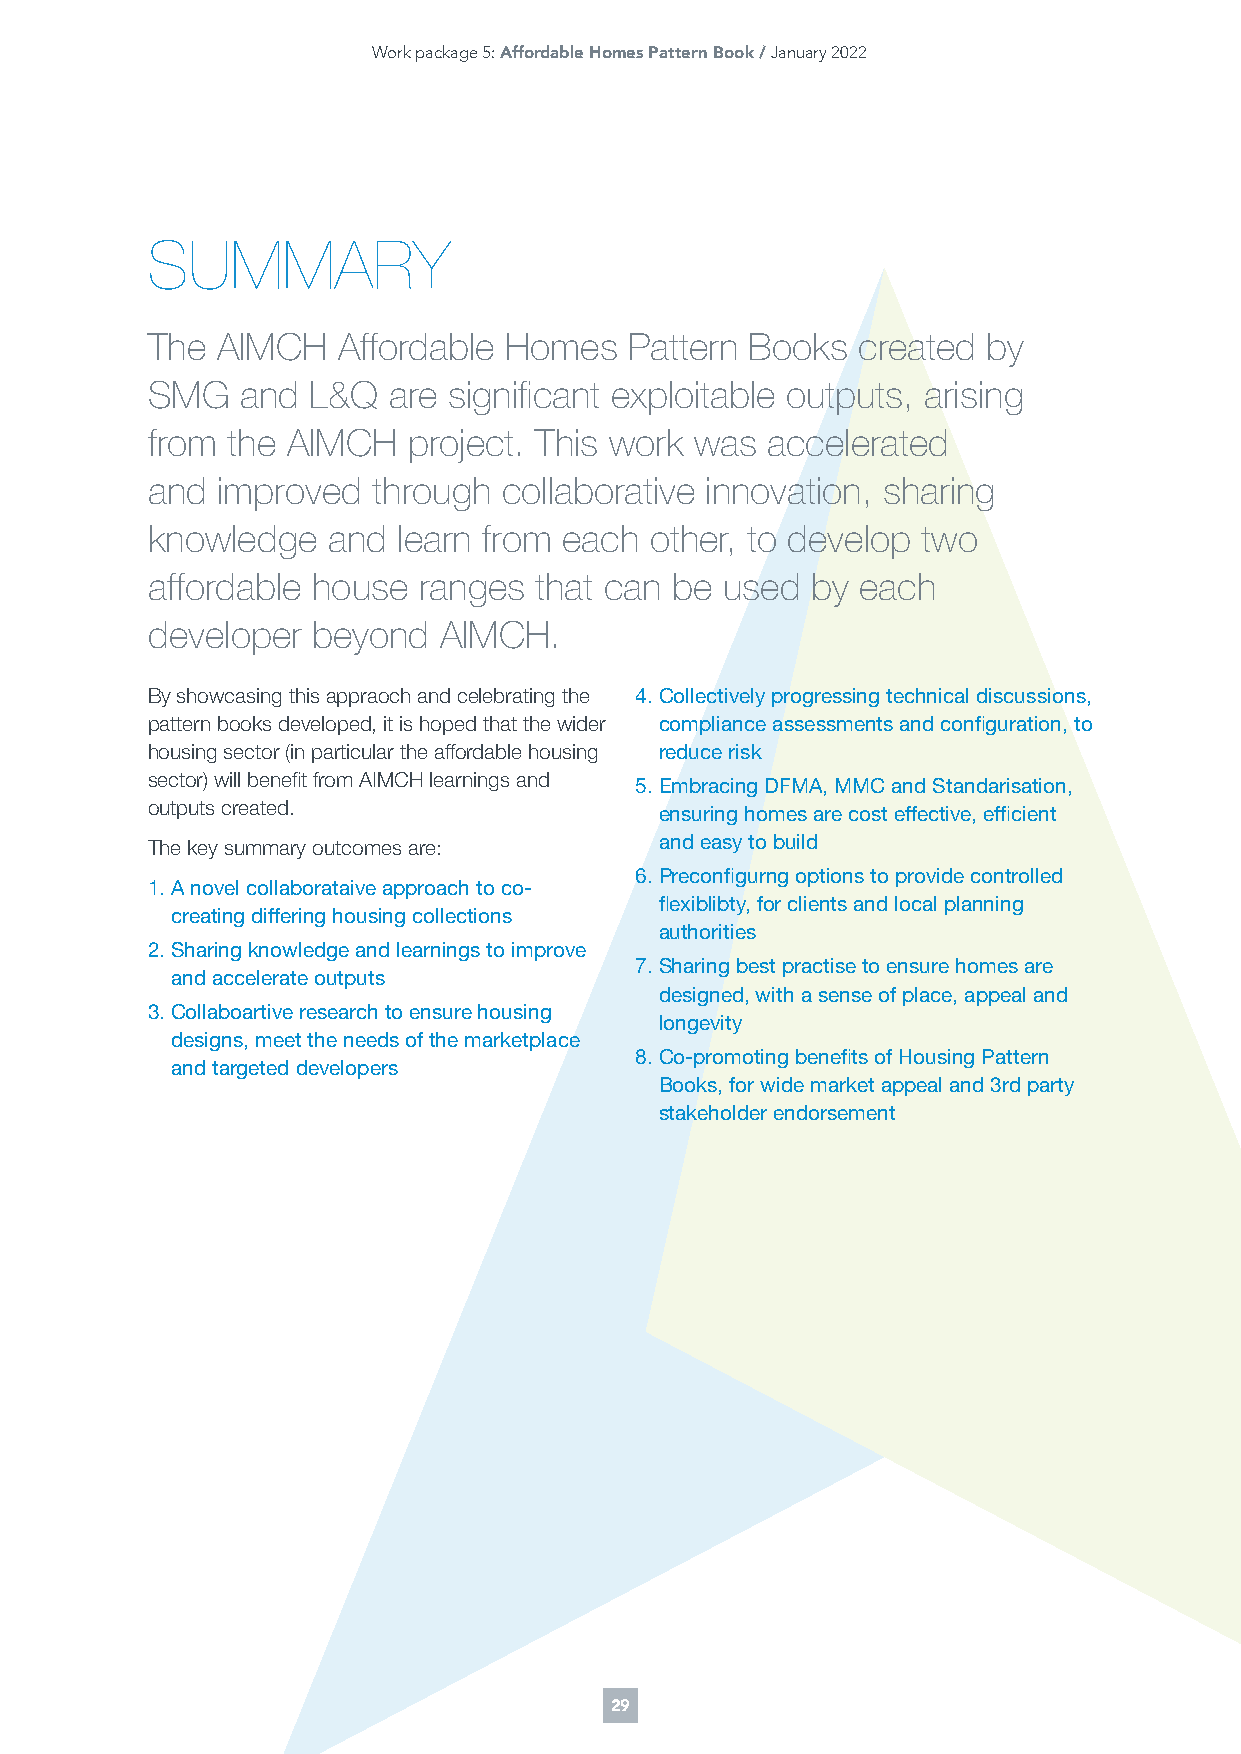
Work package 5: Affordable Homes Pattern Book / January 2022
 SUMMARY
 The AIMCH   Affordable Homes    Pattern Books  created by
 SMG   and L&Q   are significant exploitable outputs, arising
 from the AIMCH   project. This work was  accelerated
 and improved   through collaborative innovation, sharing
 knowledge   and learn from each  other, to develop two
 affordable house  ranges that can be  used  by each
 developer  beyond  AIMCH.
 By showcasing this appraoch and celebrating the 4. Collectively progressing technical discussions,
 pattern books developed, it is hoped that the wider compliance assessments and configuration, to
 housing sector (in particular the affordable housing reduce risk
 sector) will benefit from AIMCH learnings and 5. Embracing DFMA, MMC and Standarisation,
 outputs created.                  ensuring homes are cost effective, efficient
 The key summary outcomes are:     and easy to build
 6. Preconfigurng options to provide controlled
 1. A novel collaborataive approach to co-
 flexiblibty, for clients and local planning
 creating differing housing collections
 authorities
 2. Sharing knowledge and learnings to improve
 7. Sharing best practise to ensure homes are
 and accelerate outputs
 designed, with a sense of place, appeal and
 3. Collaboartive research to ensure housing
 longevity
 designs, meet the needs of the marketplace
 8. Co-promoting benefits of Housing Pattern
 and targeted developers
 Books, for wide market appeal and 3rd party
 stakeholder endorsement
 29